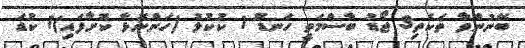
ބޭނުންވާ ތަކެތި3 ޖޯޑު ބާސްމަތީ ހަނޑޫ 1 ކުކުޅު (ހަންނޮޅާ ކޮށާފައި)1 ކުޑަ